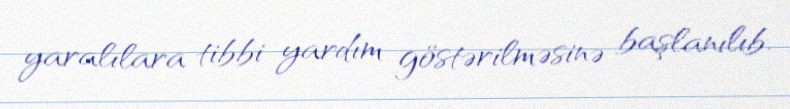
yaralılara tibbi yardım göstərilməsinə başlanılıb.